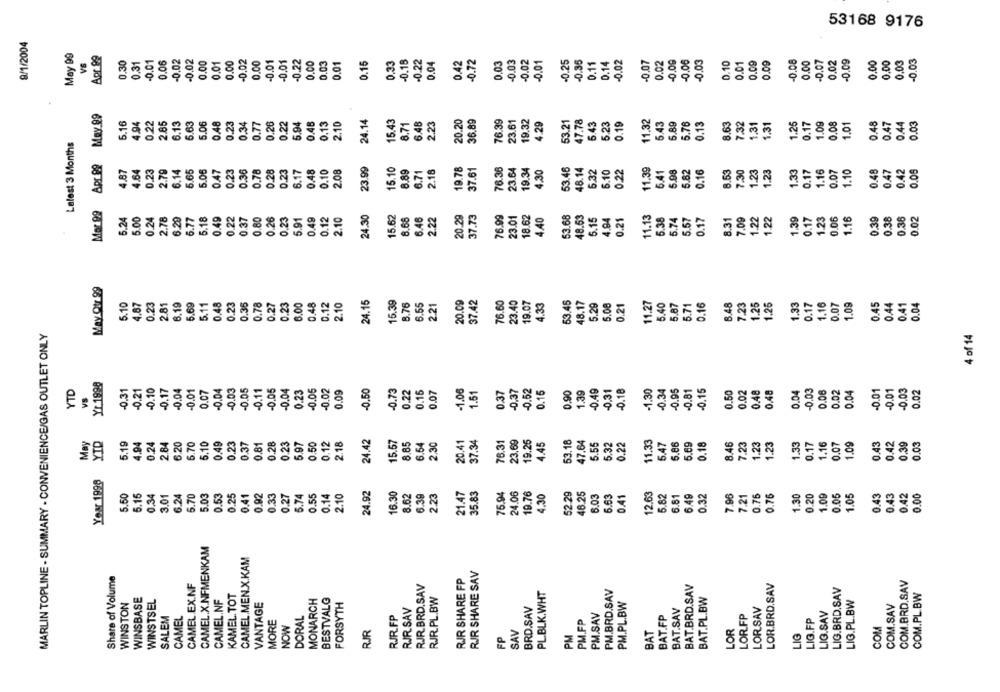
53168 9176
9/1/2004
Apr 99
VS
0.30
0.31
0.01
0.06
-0.02
-0.02
0.00
0.01
0.00
-0.02
0.00
-0.01
-0.01
-0.22
0.00
0.01
0.15
0.33
-0.15
.0.22
0.04
0.42
-0.72
0.03
-0.03
0.02
-0.01
0.25
-0.35
0.11
0.14
-0.02
-0.07
0.02
-0.00
-0.06
-0.03
0.10
0.01
0.09
0.09
0.08
0.00
-0.07
0.02
-0.09
0.00
0,00
0,03
-0.03
Apr 99 May 89
5.16
4.94
0.22
2.65
6.13
5.63
5.06
0.48
0.23
0.34
0.77
0.26
0.22
5.94
0.48
9.13
2.10
24.14
8.71
6.48
2.23
20.20
36.89
76.39
23.61
19.32
4.29
53.21
17.78
6.43
5.23
0.19
11.32
5.43
5.89
5.76
0.13
8.63
7:32
1.31
1.31
1.25
0.17
1.09
0.08
1.01
0.48
0.47
0.44
0.03
Latest 3 Months
23.99
4.87
4.64
0.23
2.79
6.14
5.65
5.06
0.47
0.23
0.36
0.78
0.28
0.23
6.17
0.48
9.10
2.08
15.10
8.89
6.71
2.18
19.78
37.61
76.36
23.64
19.34
4.30
53.45
48.14
6.32
6.10
0.22
11.39
6.41
5.98
5.82
0.16
8.53
7230
1.23
1.23
1.33
0.17
1.16
0.07
1.10
0.48
0.47
0.42
0.06
Mer 99
24.30
15.62
20.29
5.24
5.00
0.24
2.78
8.29
6.77
6.18
0.49
0.22
0.37
0.80
0.26
0.23
5.91
0.49
0.12
2.10
6.66
6.46
2.22
37.73
76.99
23.01
4.40
53.68
5.15
4.94
0.21
11.13
5.38
5.57
0.17
8.31
709
1.22
1.22
1.39
0.17
123
0.06
1.16
0.39
0.38
0.36
0.02
May Otr 99
5.10
4.87
0.23
2.81
8.19
5.69
5.11
0.48
0.23
0.35
0.78
0.27
0.23
3.00
0.48
0.12
2.10
24.15
15.39
8.76
.55
2.21
20.09
37.42
76.60
19.07
4.33
53.45
48.17
5.29
5.08
0.21
11.27
5.40
5.87
5.71
2.16
6.48
7.23
1.25
1.26
1.33
0.17
1.16
0.07
1.09
0.45
0.44
0.41
0.04
MARLIN TOPLINE - SUMMARY - CONVENIENCE/GAS OUTLET ONLY
4 of 14
Yr 1998
-0.21
0.15
YTD
-0.31
-0.10
0.17
0.04
0.01
0.07
-0.04
0.03
-0.05
-0.11
0.05
0.04
0.23
0.05
0.02
0.09
-0.50
0.73
0.22
0.15
0.07
-1.06
1.51
0.37
0.37
0.62
0.16
.90
1.39
0.49
0.31
0.18
1.30
0.34
0.95
0.81
0.50
0.02
0.48
0.48
0.04
0.03
0.06
0.02
0.04
0.01
0.01
0.03
0.02
VS
May
YID
5.19
4.94
0.24
2.84
6.20
5.10
.49
0.23
0.81
0.28
0.23
6.97
0.50
0.12
24.42
15.57
6.54
2.30
23,69
19.26
4.45
53.18
47.64
5.55
5.32
0.22
11.33
5.86
6.69
0.18
8.46
7.23
1.23
1.23
1.33
0.07
1.09
0.43
0.39
2.18
8.85
6.47
0.17
0.42
0,03
Year 1998
24.92
16.30
21.47
46.25
5.50
5.15
0.34
3.01
6.24
5.70
5.03
0.53
0.25
0.41
0.92
0.33
0.27
5.74
0.55
0.14
2.10
8.62
6.39
2.23
35.83
19.76
4.30
52.29
6.03
6.63
0.41
12.63
6.81
6.49
0.32
7.96
7.21
0.76
0.75
1.30
0.20
1.09
0.05
1.05
0.43
3.43
0.42
0.00
CAMEL.X.NFMENKAM
CAMEL.MEN.X.KAM
RJR SHARE SAV
Share of Volume
RJR SHARE FP
COM.BRD.SAV
CAMEL.EX.NF
RJR.BRD.SAV
BAT.BRD.SAV
LOR.BRD.SAV
LIG.BRD.SAV
KAMEL. TOT
PL.BLK.WHT
PM.BRD.SAV
COM.PL BW
WINSTON
WINSBASE
WINSTSEL
CAMEL.NF
MONARCH
BESTVALG
FORSYTH
RJR.PL.BW
BAT.PL.BW
LIG.PL.BW
VANTAGE
RJR.SAV
BRD.SAV
PM.PL.BW
BAT.SAV
LORSAV
COM.SAV
SALEM
CAMEL
RJR.FP
PM.SAV
BAT.FP
LOR.FP
LIG.SAV
MORE
DORAL
PM.FP
NOW
SAV
LOR
COM
RJR
FP
PM
BAT
LIG